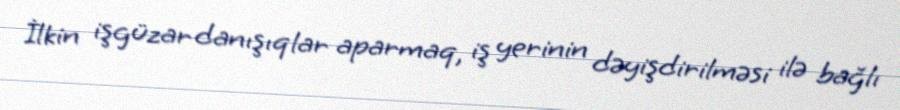
İlkin işgüzar danışıqlar aparmaq, iş yerinin dəyişdirilməsi ilə bağlı